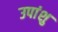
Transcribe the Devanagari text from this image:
उपांशु